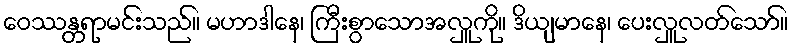
ဝေဿန္တရာမင်းသည်။ မဟာဒါနေ၊ ကြီးစွာသောအလှူကို။ ဒိယျမာနေ၊ ပေးလှူလတ်သော်။